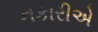
નકારીએ